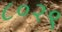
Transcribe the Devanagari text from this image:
८०२९